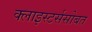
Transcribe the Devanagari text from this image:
क्लाइस्टर्ससोबत